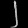
Digit: ၂